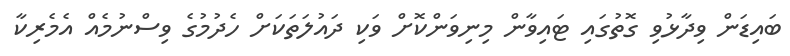
ބައިޑަން ވިދާޅުވި ގޮތުގައި ޓައިވާން މިނިވަންކޮށް ވަކި ދައުލަތަކަށް ހެދުމުގެ ވިސްނުމެއް އެމެރިކާ